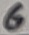
Text: 6